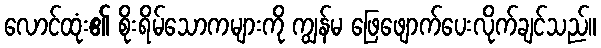
လောင်ထုံး၏ စိုးရိမ်သောကများကို ကျွန်မ ဖြေဖျောက်ပေးလိုက်ချင်သည်။